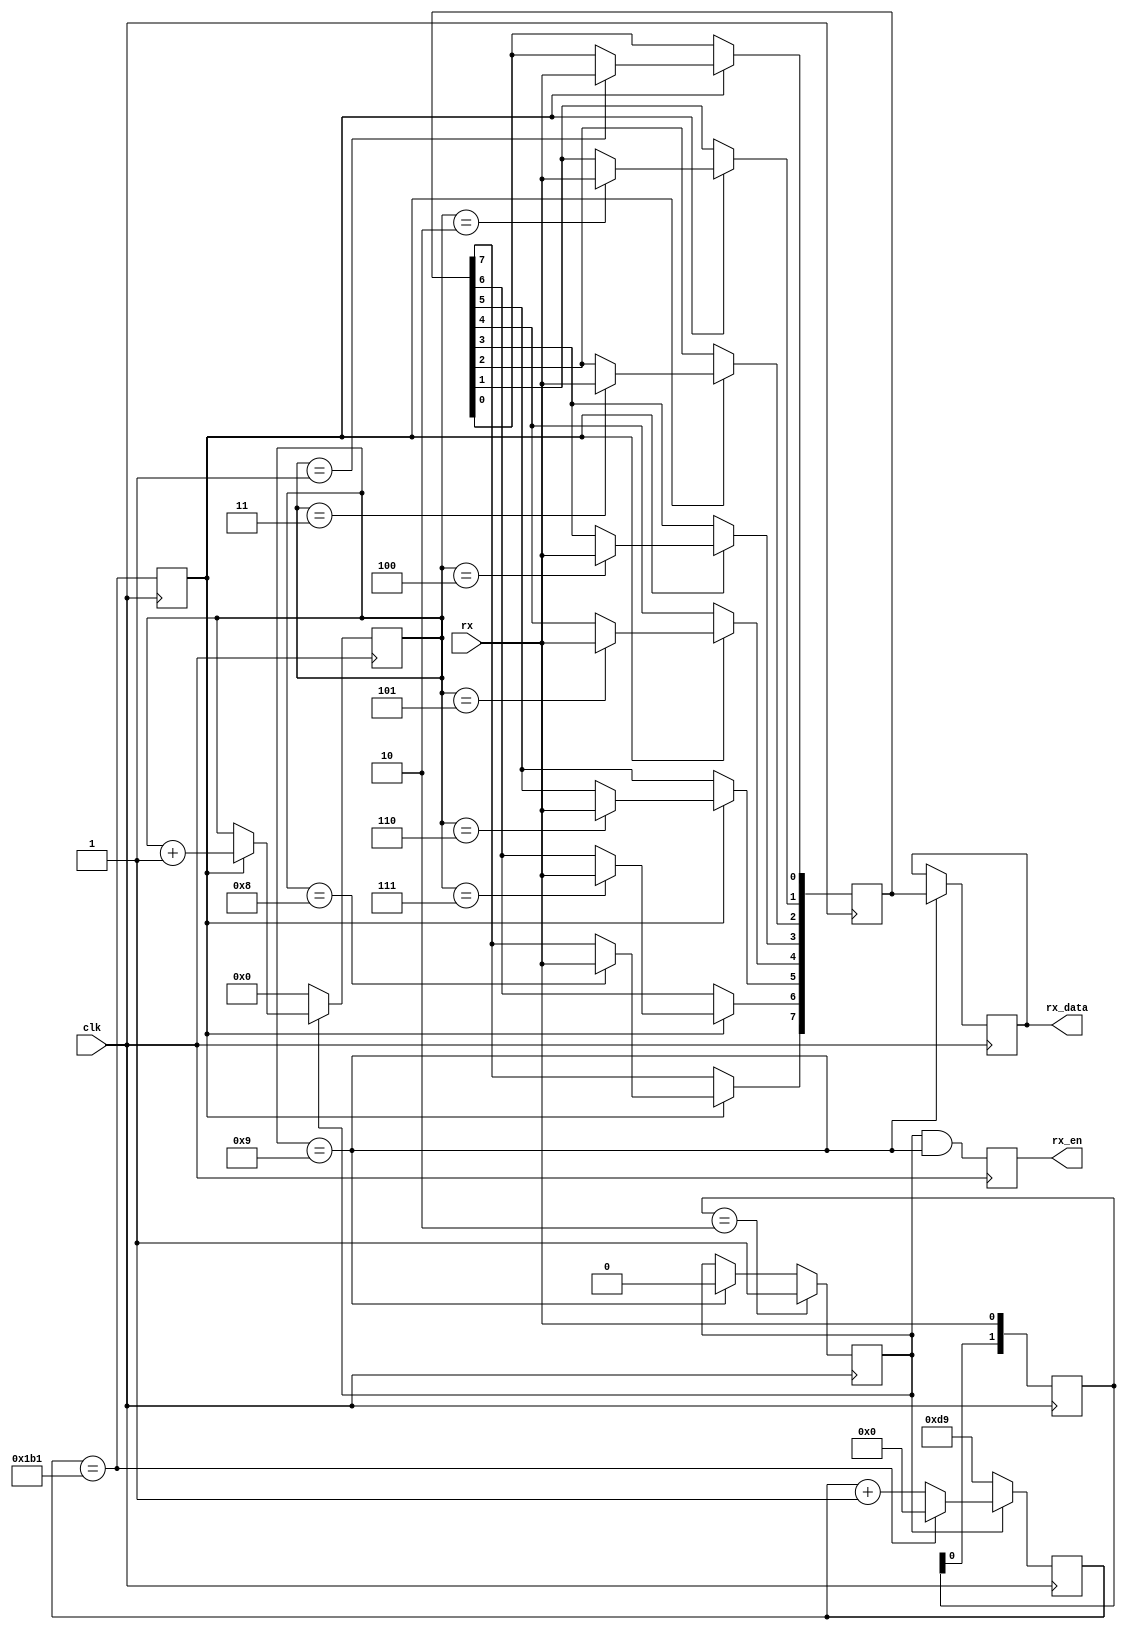
`timescale 1ns / 1ps
//////////////////////////////////////////////////////////////////////////////////
// Company: 
// Engineer: 
// 
// Create Date:
// Design Name: 
// Module Name: uart_rx
// Project Name: 
// Target Devices: 
// Tool Versions: 
// Description: ,1bit,8bit,2bit.
// 
// Dependencies: 
// 
// Revision:
// Revision 0.01 - File Created
// Additional Comments:
// 
//////////////////////////////////////////////////////////////////////////////////

module uart_rx
#(
	parameter BAUDRATE = 115200,
	parameter CLK_RATE = 50000000
)
(
    input	wire		clk,
	
	// uart
    input	wire		rx,
	
	// data
    output  reg			rx_en,
    output  reg [7:0]	rx_data
);

reg start;
reg clk_en;
reg [3:0] cnt;
reg [7:0] data;
reg [1:0] rx_d;
reg [31:0] clk_cnt;

initial
begin
    start = 0;
end

// 
always@(posedge clk)
begin
    rx_d <= {rx_d[0],rx};
end

// 
always@(posedge clk)
begin
    if(rx_d == 2'b10) // 
        start <= 1;
    else if(cnt == 9) // 
        start <= 0;
end

// 
always@(posedge clk)
begin
	if(!start)
		clk_cnt <= (CLK_RATE / (BAUDRATE*2)); // 
	else if(clk_cnt == CLK_RATE / BAUDRATE - 1)
		clk_cnt <= 0;
	else
		clk_cnt <= clk_cnt + 1;
end

// 
always@(posedge clk)
begin
	clk_en <= (clk_cnt == CLK_RATE / BAUDRATE - 1);
end

// 
always@(posedge clk)
begin
	if(!start)
        cnt <= 0;
	else if(clk_en)
        cnt <= cnt + 1;
end

// 
always@(posedge clk)
if(clk_en)
begin
    case(cnt)
        1: data[0] <= rx;
        2: data[1] <= rx;
        3: data[2] <= rx;
        4: data[3] <= rx;
        5: data[4] <= rx;
        6: data[5] <= rx;  
        7: data[6] <= rx;    
        8: data[7] <= rx;
    endcase   
end

// 
always@(posedge clk)
begin
    rx_en <= (start && cnt == 9);
end

// 
always@(posedge clk)
begin
    if(cnt == 9)
        rx_data <= data;
end

endmodule